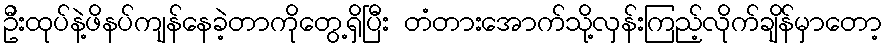
ဦးထုပ်နဲ့ဖိနပ်ကျန်နေခဲ့တာကိုတွေ့ရှိပြီး တံတားအောက်သို့လှန်းကြည့်လိုက်ချိန်မှာတော့